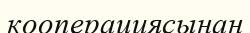
кооперациясынан